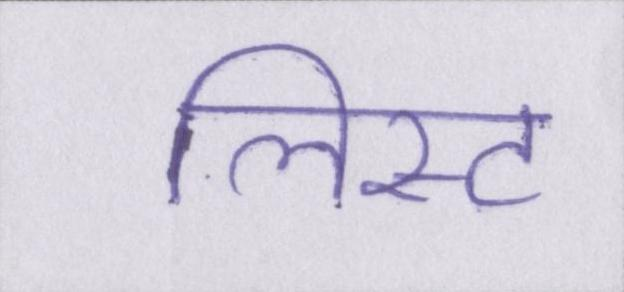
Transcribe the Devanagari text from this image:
लिस्ट